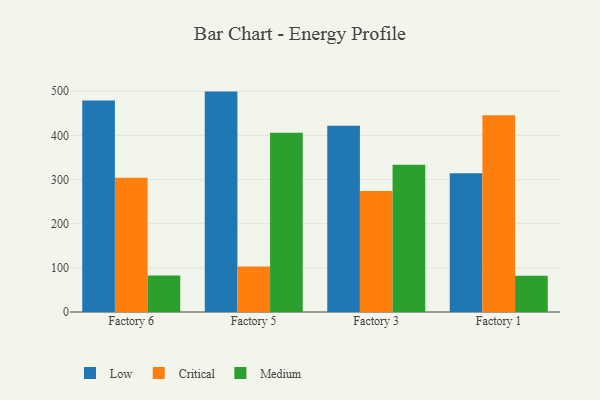
{"axis": {"x": "Factory", "y": "LTV (USD)"}, "legend": ["Critical", "Low", "Medium"], "data": [{"x": "Factory 6", "y": 479.1, "type": "Low"}, {"x": "Factory 6", "y": 304.0, "type": "Critical"}, {"x": "Factory 6", "y": 82.7, "type": "Medium"}, {"x": "Factory 5", "y": 499.2, "type": "Low"}, {"x": "Factory 5", "y": 103.0, "type": "Critical"}, {"x": "Factory 5", "y": 405.8, "type": "Medium"}, {"x": "Factory 3", "y": 421.9, "type": "Low"}, {"x": "Factory 3", "y": 274.2, "type": "Critical"}, {"x": "Factory 3", "y": 333.6, "type": "Medium"}, {"x": "Factory 1", "y": 314.3, "type": "Low"}, {"x": "Factory 1", "y": 445.9, "type": "Critical"}, {"x": "Factory 1", "y": 82.3, "type": "Medium"}]}